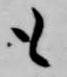
も